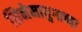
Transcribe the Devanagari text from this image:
सिनेमायुगाच्या